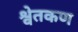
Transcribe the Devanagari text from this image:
श्वेतकण